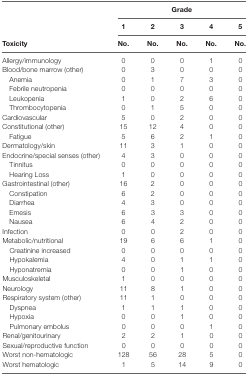
<table><thead><tr><td></td><td colspan="5"><b>Grade</b></td></tr><tr><td></td><td><b>1</b></td><td><b>2</b></td><td><b>3</b></td><td><b>4</b></td><td><b>5</b></td></tr><tr><td><b>Toxicity</b></td><td><b>No.</b></td><td><b>No.</b></td><td><b>No.</b></td><td><b>No.</b></td><td><b>No.</b></td></tr></thead><tbody><tr><td>Allergy/immunology</td><td>0</td><td>0</td><td>0</td><td>1</td><td>0</td></tr><tr><td>Blood/bone marrow (other)</td><td>0</td><td>3</td><td>0</td><td>0</td><td>0</td></tr><tr><td> Anemia</td><td>0</td><td>1</td><td>7</td><td>3</td><td>0</td></tr><tr><td> Febrile neutropenia</td><td>0</td><td>0</td><td>0</td><td>0</td><td>0</td></tr><tr><td> Leukopenia</td><td>1</td><td>0</td><td>2</td><td>6</td><td>0</td></tr><tr><td> Thrombocytopenia</td><td>0</td><td>1</td><td>5</td><td>0</td><td>0</td></tr><tr><td>Cardiovascular</td><td>5</td><td>0</td><td>2</td><td>0</td><td>0</td></tr><tr><td>Constitutional (other)</td><td>15</td><td>12</td><td>4</td><td>0</td><td>0</td></tr><tr><td> Fatigue</td><td>5</td><td>6</td><td>2</td><td>1</td><td>0</td></tr><tr><td>Dermatology/skin</td><td>11</td><td>3</td><td>1</td><td>0</td><td>0</td></tr><tr><td>Endocrine/special senses (other)</td><td>4</td><td>3</td><td>0</td><td>0</td><td>0</td></tr><tr><td> Tinnitus</td><td>0</td><td>0</td><td>0</td><td>0</td><td>0</td></tr><tr><td> Hearing Loss</td><td>1</td><td>0</td><td>0</td><td>0</td><td>0</td></tr><tr><td>Gastrointestinal (other)</td><td>16</td><td>2</td><td>0</td><td>0</td><td>0</td></tr><tr><td> Constipation</td><td>6</td><td>2</td><td>0</td><td>0</td><td>0</td></tr><tr><td> Diarrhea</td><td>4</td><td>3</td><td>0</td><td>0</td><td>0</td></tr><tr><td> Emesis</td><td>6</td><td>3</td><td>3</td><td>0</td><td>0</td></tr><tr><td> Nausea</td><td>6</td><td>4</td><td>2</td><td>0</td><td>0</td></tr><tr><td>Infection</td><td>0</td><td>0</td><td>2</td><td>0</td><td>0</td></tr><tr><td>Metabolic/nutritional</td><td>19</td><td>6</td><td>6</td><td>1</td><td>0</td></tr><tr><td> Creatinine increased</td><td>0</td><td>0</td><td>0</td><td>0</td><td>0</td></tr><tr><td> Hypokalemia</td><td>4</td><td>0</td><td>1</td><td>1</td><td>0</td></tr><tr><td> Hyponatremia</td><td>0</td><td>0</td><td>1</td><td>0</td><td>0</td></tr><tr><td>Musculoskeletal</td><td>1</td><td>0</td><td>0</td><td>0</td><td>0</td></tr><tr><td>Neurology</td><td>11</td><td>8</td><td>1</td><td>0</td><td>0</td></tr><tr><td>Respiratory system (other)</td><td>11</td><td>1</td><td>0</td><td>0</td><td>0</td></tr><tr><td> Dyspnea</td><td>1</td><td>1</td><td>1</td><td>0</td><td>0</td></tr><tr><td> Hypoxia</td><td>0</td><td>0</td><td>1</td><td>0</td><td>0</td></tr><tr><td> Pulmonary embolus</td><td>0</td><td>0</td><td>0</td><td>1</td><td>0</td></tr><tr><td>Renal/genitourinary</td><td>2</td><td>2</td><td>1</td><td>0</td><td>0</td></tr><tr><td>Sexual/reproductive function</td><td>0</td><td>0</td><td>0</td><td>0</td><td>0</td></tr><tr><td>Worst non-hematologic</td><td>128</td><td>56</td><td>28</td><td>5</td><td>0</td></tr><tr><td>Worst hematologic</td><td>1</td><td>5</td><td>14</td><td>9</td><td>0</td></tr></tbody></table>